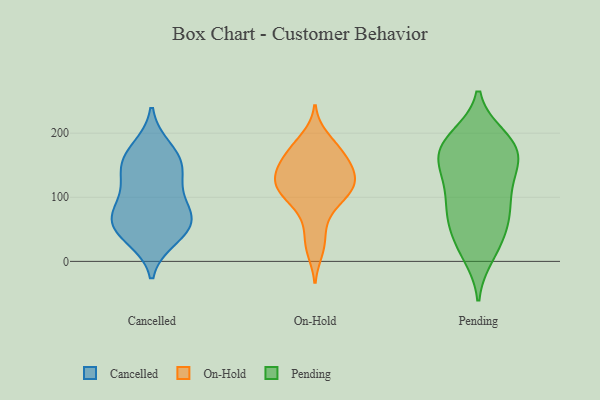
{"axis": {"x": "Tickets Resolved", "y": "Value"}, "legend": ["Cancelled", "On-Hold", "Pending"], "data": [{"x": "", "y": 162, "type": "Cancelled"}, {"x": "", "y": 176, "type": "Cancelled"}, {"x": "", "y": 154, "type": "Cancelled"}, {"x": "", "y": 76, "type": "Cancelled"}, {"x": "", "y": 55, "type": "Cancelled"}, {"x": "", "y": 133, "type": "Cancelled"}, {"x": "", "y": 52, "type": "Cancelled"}, {"x": "", "y": 79, "type": "Cancelled"}, {"x": "", "y": 37, "type": "Cancelled"}, {"x": "", "y": 52, "type": "Cancelled"}, {"x": "", "y": 91, "type": "Cancelled"}, {"x": "", "y": 134, "type": "Cancelled"}, {"x": "", "y": 150, "type": "On-Hold"}, {"x": "", "y": 16, "type": "On-Hold"}, {"x": "", "y": 37, "type": "On-Hold"}, {"x": "", "y": 172, "type": "On-Hold"}, {"x": "", "y": 71, "type": "On-Hold"}, {"x": "", "y": 153, "type": "On-Hold"}, {"x": "", "y": 194, "type": "On-Hold"}, {"x": "", "y": 135, "type": "On-Hold"}, {"x": "", "y": 93, "type": "On-Hold"}, {"x": "", "y": 114, "type": "On-Hold"}, {"x": "", "y": 122, "type": "On-Hold"}, {"x": "", "y": 159, "type": "On-Hold"}, {"x": "", "y": 109, "type": "On-Hold"}, {"x": "", "y": 130, "type": "On-Hold"}, {"x": "", "y": 124, "type": "On-Hold"}, {"x": "", "y": 178, "type": "On-Hold"}, {"x": "", "y": 101, "type": "On-Hold"}, {"x": "", "y": 183, "type": "Pending"}, {"x": "", "y": 146, "type": "Pending"}, {"x": "", "y": 85, "type": "Pending"}, {"x": "", "y": 50, "type": "Pending"}, {"x": "", "y": 183, "type": "Pending"}, {"x": "", "y": 18, "type": "Pending"}, {"x": "", "y": 69, "type": "Pending"}, {"x": "", "y": 165, "type": "Pending"}, {"x": "", "y": 125, "type": "Pending"}, {"x": "", "y": 64, "type": "Pending"}, {"x": "", "y": 194, "type": "Pending"}, {"x": "", "y": 172, "type": "Pending"}, {"x": "", "y": 166, "type": "Pending"}, {"x": "", "y": 10, "type": "Pending"}, {"x": "", "y": 90, "type": "Pending"}, {"x": "", "y": 149, "type": "Pending"}, {"x": "", "y": 128, "type": "Pending"}, {"x": "", "y": 95, "type": "Pending"}, {"x": "", "y": 32, "type": "Pending"}, {"x": "", "y": 193, "type": "Pending"}]}